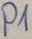
Text: P1